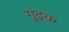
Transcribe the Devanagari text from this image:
गूढ़क